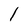
Character: 1